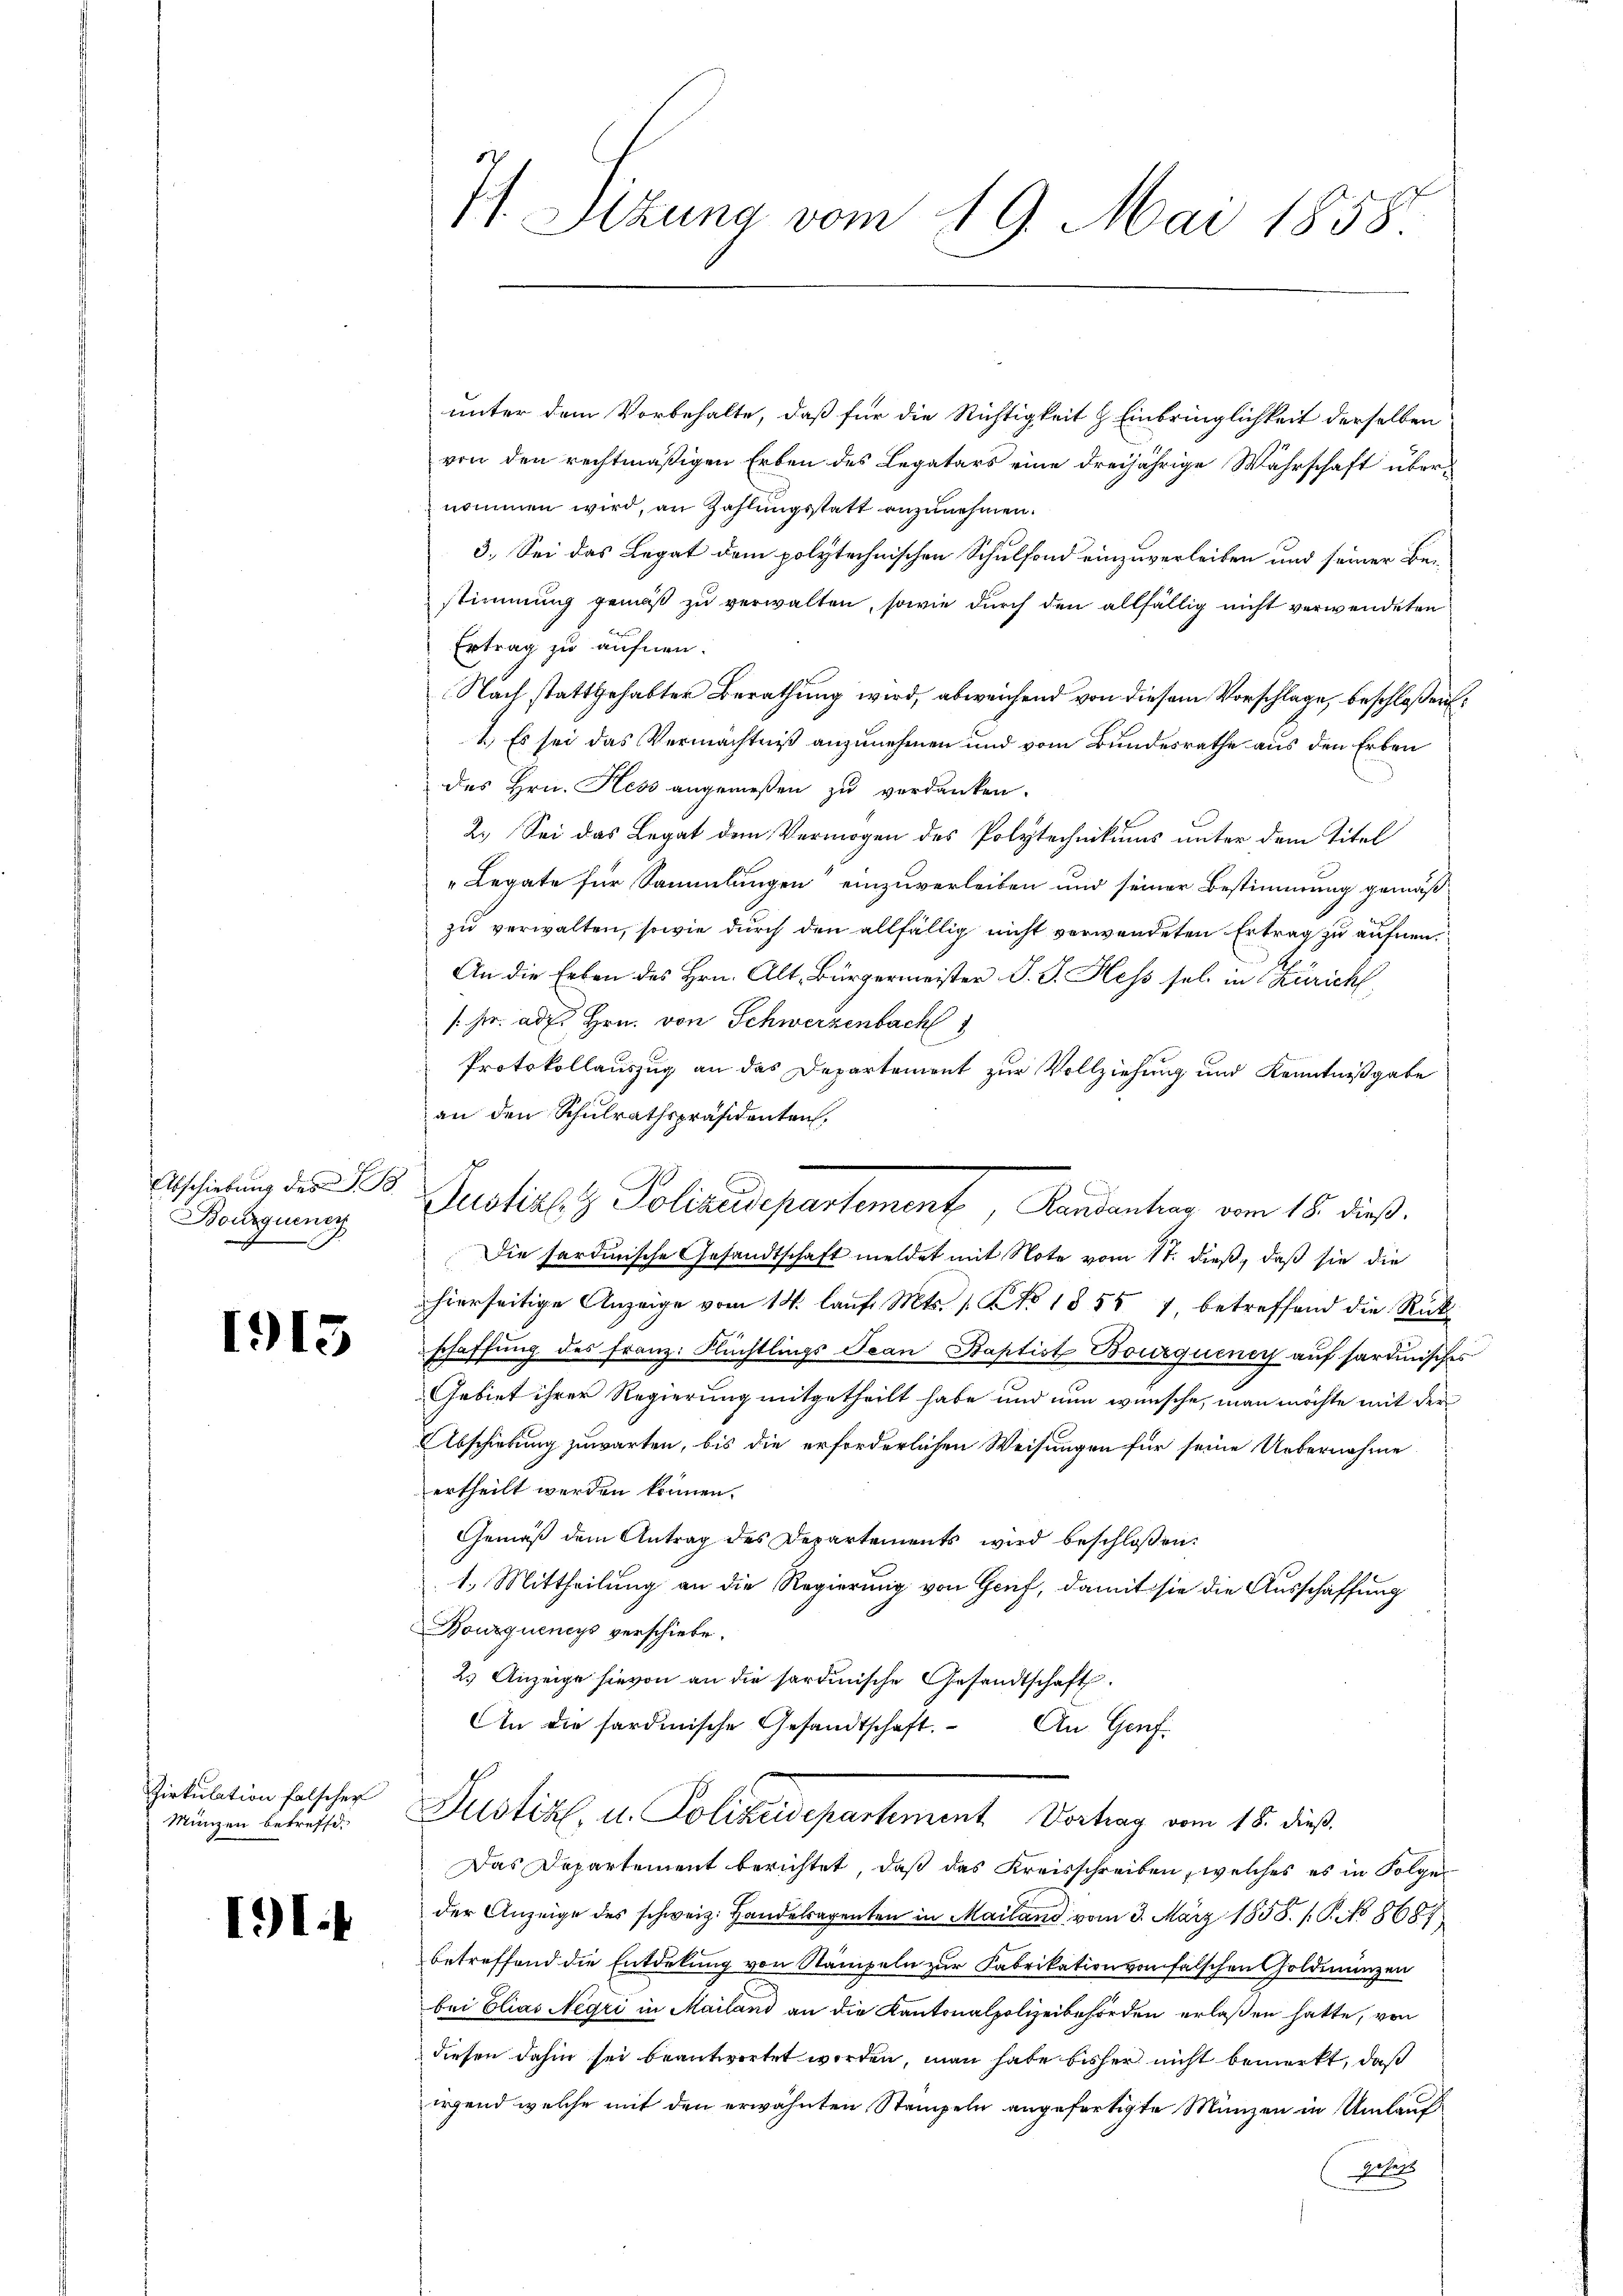
Abschiebung des
Bourquener

1915

Zirkulation falscher
Münzen betreffe.

II.

7. Sitzung vom 19. Mai 1858.

unter dem Vorbehalte, daß für die Richtigkeit & Einbringlichkeit derselben
von den rechtmäßigen Erben des Legatars eine dreijährige Wahrschaft übernommen wird, an Zahlungsstatt anzunehmen.
3. Sei das Legat dem polytechnischen Schulfond einzuverleiben und seiner Bestimmung gemäß zu verwalten, sowie durch den allfällig nicht verwendeten
Ertrag zu äufnen.
Nach stattgehabter Berathung wird, abweichend von diesem Vorschlage, beschlossen,
1.) Es sei das Vermächtniß anzunehmen und vom Bundesrathe aus den Erben
des Hrn. Hess angemeßen zu verdanken.
2.) Sei das Legat dem Vermögen des Polytechnikums unter dem Titel
"Legate für Sammlungen einzuverleiben und seiner Bestimmung gemäßzu verwalten, sowie durch den allfällig nicht verwendeten Ertrag zu äufnen
An die Erben des Hrn. Alt, Bürgermeister J. J. Hess sel in Zürich,
/ hr. ad. Hrn. von Schwerzenbach
Protokollauszug an das Departement zur Vollziehung und Kenntnißgabe
an den Schulrathspräsidenten,
Die sardinische Gesandtschaft meldet mit Note vom 17. dieß, daß sie die
hierseitige Anzeige vom 14. laŭf. Mts. 1. NNo. 1855 7 betreffend die Rück-
schaffung des Franz: Flüchtlings Jean Staptist Bourquenir auf sardinisches
Gebiet ihrer Regierung mitgetheilt habe und nun wünsche, man möchte mit der
Abschiebung zuwarten, bis die erforderlichen Weisungen für seine Uebernahme
ertheilt werden können.
Gemäß dem Antrag des Departements wird beschloßen:
1.) Mittheilung an die Regierung von Genf, damit sie die Ausschaffung
Bourquencys verschiebe.
2.) Anzeige hievon an die sardinische Gesandtschaft.
An die sardinische Gesandtschaft.
An Genf.
Justiz, u. Polizeidepartement Vortrag vom 18. dieß
Das Departement berichtet, daß das Kreisschreiben, welches es in Folge
der Anzeige des schweiz. Handelagenten in Mailand vom 3. März 1858. /: P. No 8687
betreffend die Entdelung von Stampeln zur Fabrikation von falschen Goldinanzen
bei Elias Negri in Mailand an die Kantonalpolizeibehörden erlaßen hatte, von
diesen dahin sei beantwortet werden, man habe bisher nicht bemerkt, daß
irgend welche mit den erwähnten Stampeln angefertigte Münzen in Umlauf
Gebers

s

Justiz & Polizeidepartement, Mandantung vom 15. dieß.